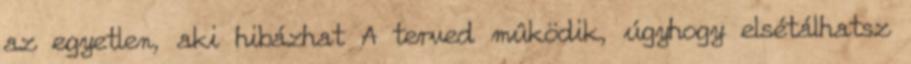
az egyetlen, aki hibázhat A terved mûködik, úgyhogy elsétálhatsz